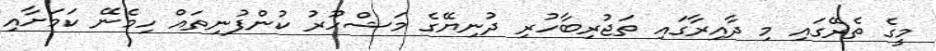
މީގެ ތެރޭގައި މި ދާއިރާގައި ތަޖުރިބާހުރި ދުނިޔޭގެ މަޝްހޫރު ކުންފުނިތައް ހިމެނޭ ކަމަށާއި